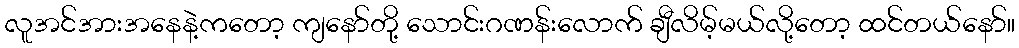
လူအင်အားအနေနဲ့ကတော့ ကျနော်တို့ သောင်းဂဏန်းလောက် ချီလိမ့်မယ်လို့တော့ ထင်တယ်နော်။